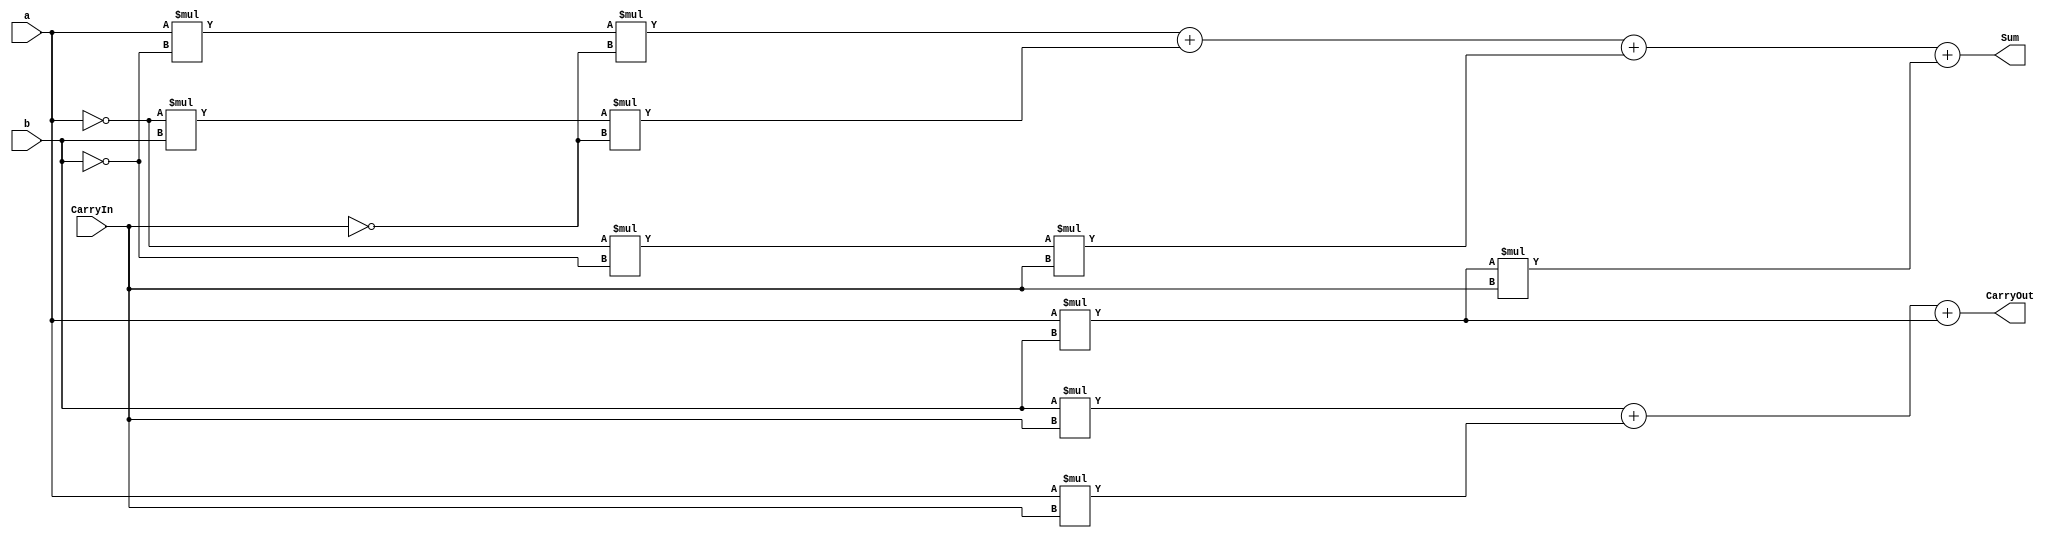
//////////////////////////////////////////////////////////////////////////////////
// Dexter Elmendorf
// Class:
// ECE 483 Lab #1
//
//
// Adder made for 1-bit ALU. Adder is done behaviorly
//////////////////////////////////////////////////////////////////////////////////
module adder (
    input a,
    input b,
    input CarryIn,
    output Sum,
    output CarryOut
);
  assign CarryOut = (b*CarryIn) + (a*CarryIn)+(a*b); // Carry out calculation
  assign Sum = (a*(~b)*(~CarryIn))+((~a)*b*(~CarryIn))+((~a)*(~b)*CarryIn)+(a*b*CarryIn); // Sum calculation
  
endmodule